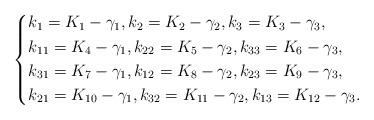
LaTeX: \begin{align*}\left\{ \begin{aligned}&k_1=K_1-\gamma_1,k_2=K_2-\gamma_2,k_3=K_3-\gamma_3,\\&k_{11}=K_4-\gamma_1,k_{22}=K_5-\gamma_2,k_{33}=K_6-\gamma_3,\\&k_{31}=K_7-\gamma_1,k_{12}=K_8-\gamma_2,k_{23}=K_9-\gamma_3,\\&k_{21}=K_{10}-\gamma_1,k_{32}=K_{11}-\gamma_2,k_{13}=K_{12}-\gamma_3.\end{aligned} \right.\end{align*}